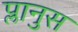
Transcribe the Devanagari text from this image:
प्लानुस